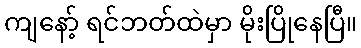
ကျနော့် ရင်ဘတ်ထဲမှာ မိုးပြိုနေပြီ။